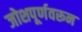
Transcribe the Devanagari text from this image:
जोशपूर्णवरून